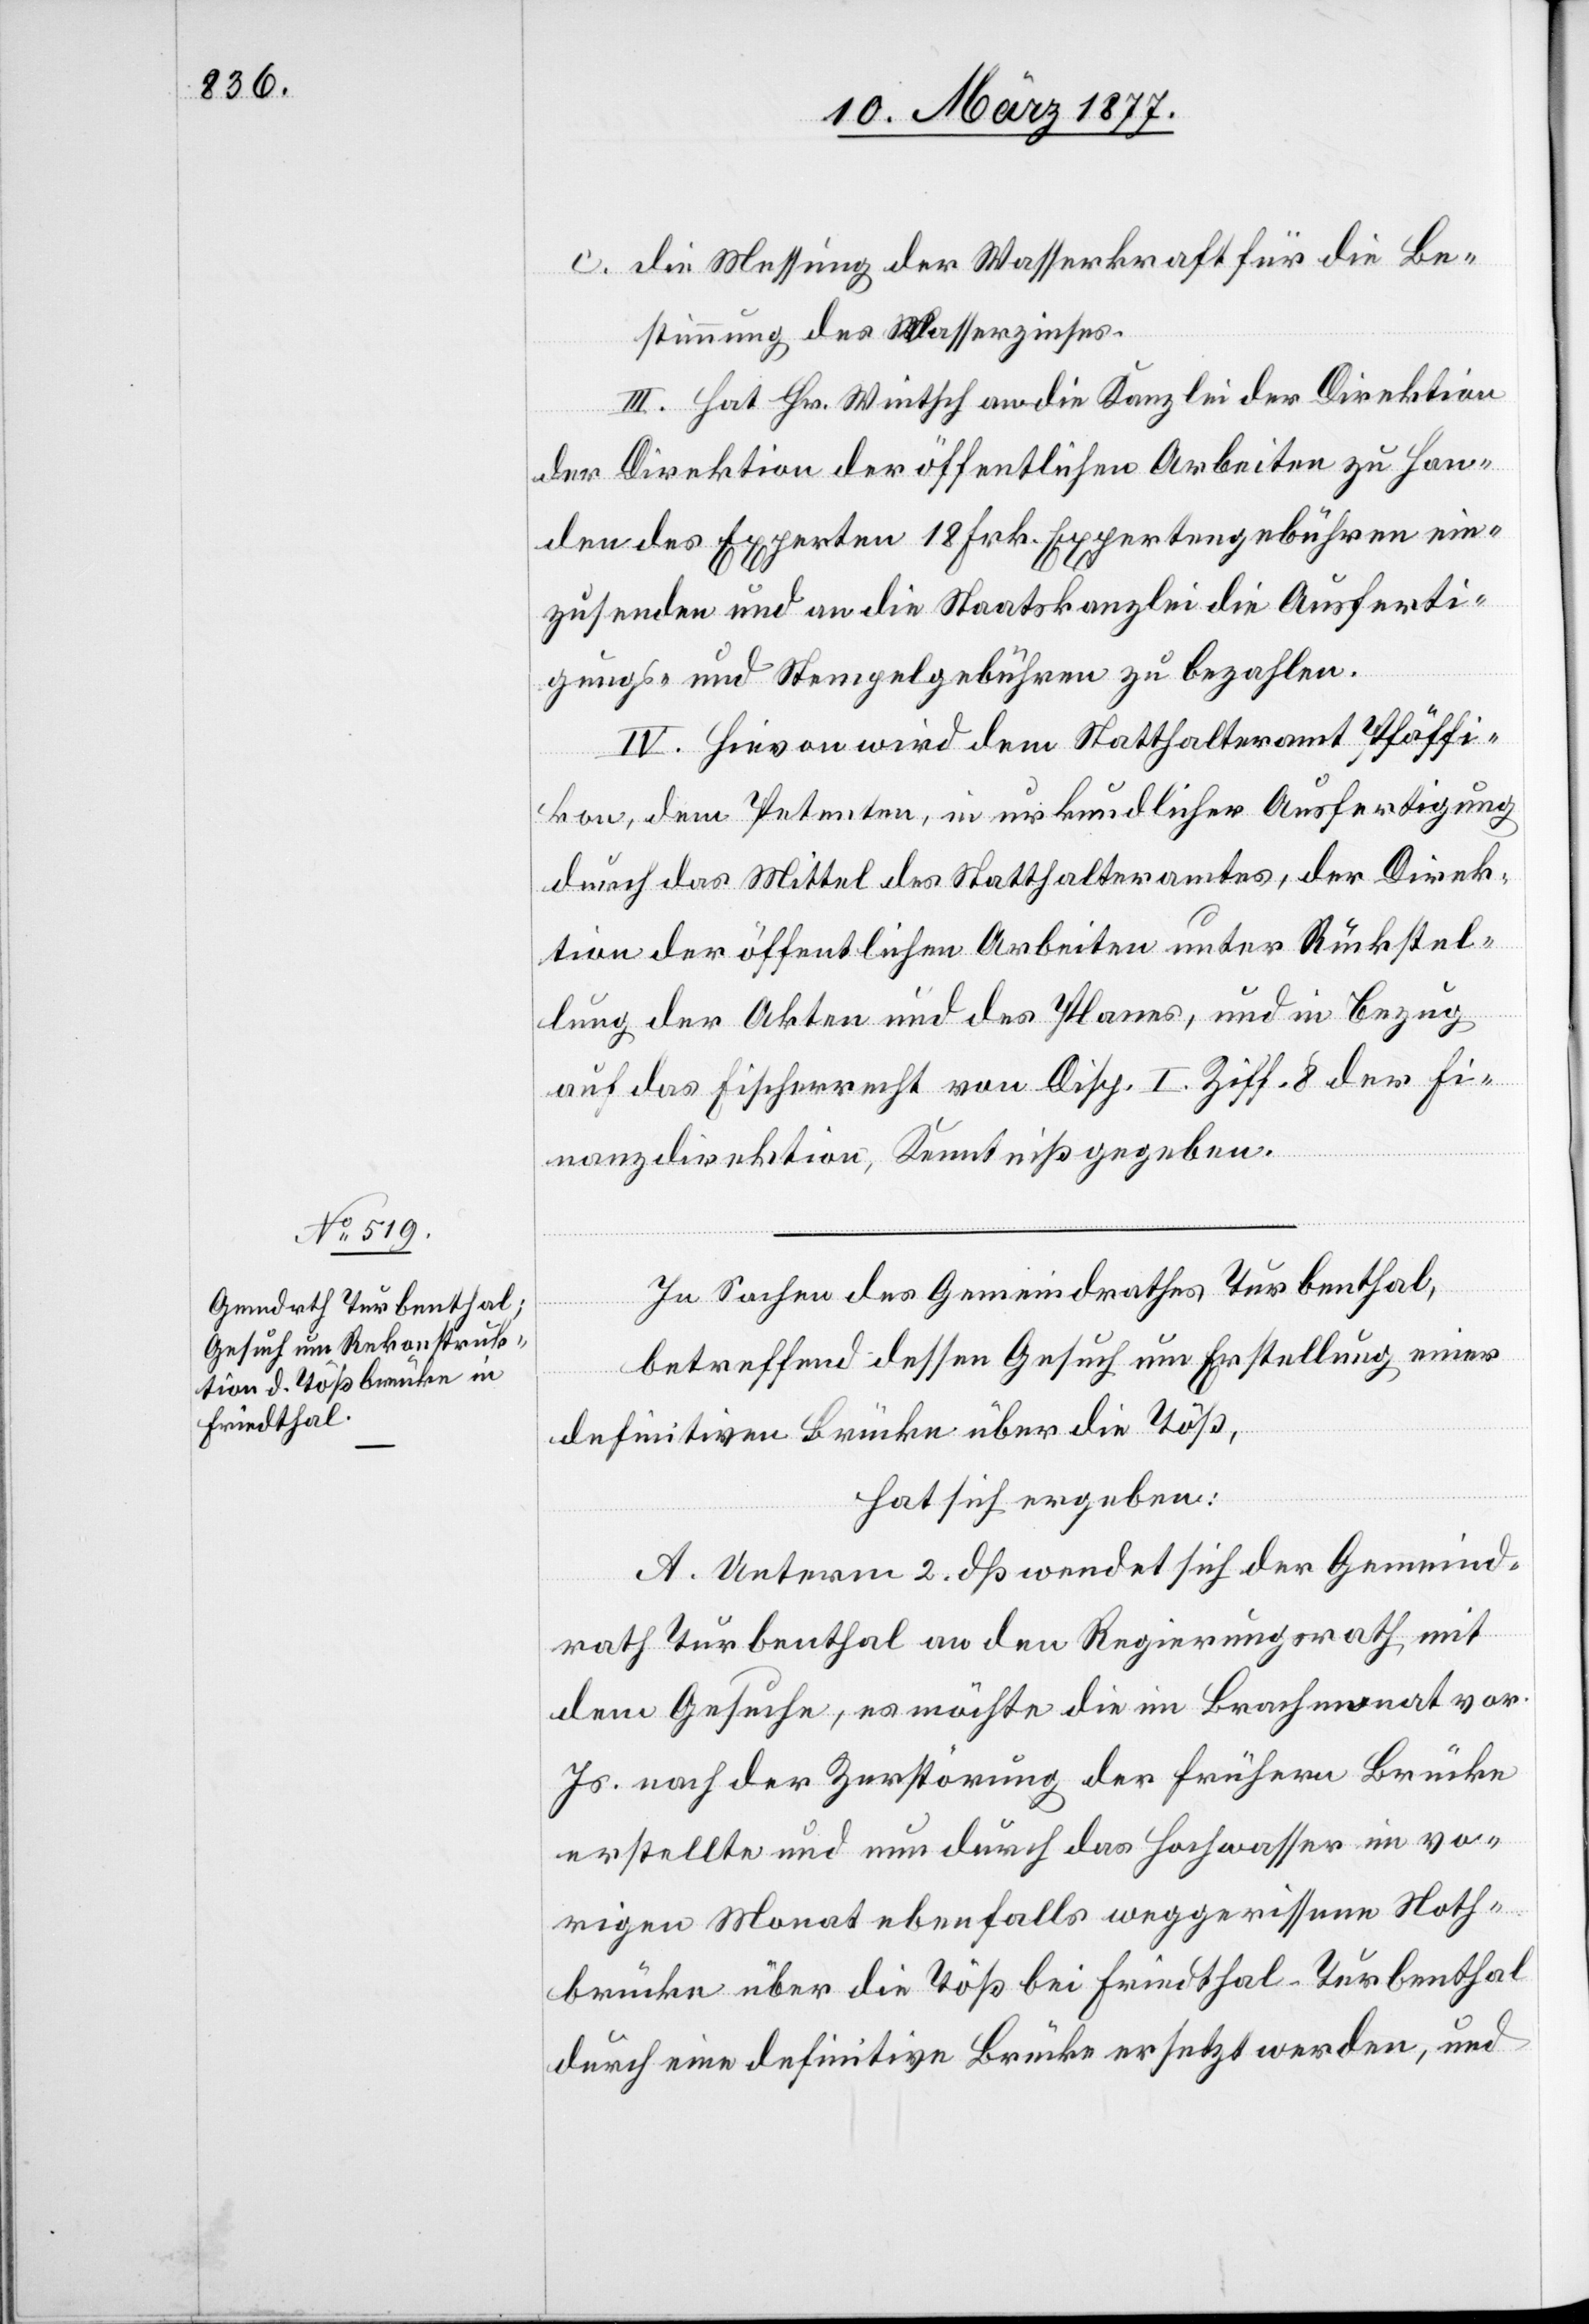
c. die Messung der Wasserkraft für die Be¬
stimmung des Wasserzinses.
III. Hat Hr. Wintsch an die Kanzlei der Direktion
anden des Experten 18 Frk. Expertengebühren ein¬
zusenden und an die Staatskanzlei die Ausferti¬
gungs- und Stempelgebühren zu bezahlen.
IV. Hievon wird dem Statthalteramt Pfäffi¬
kon, dem Petenten, in urkundlicher Ausfertigung
durch das Mittel des Statthalteramtes, der Direk¬
tion der öffentlichen Arbeiten unter Rückstel¬
lung der Akten und des Planes, und in Bezug
auf das Fischerrecht von Disp. I. Ziff. 8 der Fi¬
nanzdirektion Kenntniß gegeben.
In Sachen des Gemeindrathes Turbenthal,
betreffend dessen Gesuch um Erstellung einer
definitiven Brücke über die Töß,
hat sich ergeben:
A. Unterm 2. dß wendet sich der Gemeind¬
H¬
rath Turbenthal an den Regierungsrath mit
dem Gesuche, es möchte die im Brachmonat vor.
Js. nach der Zerstörung der frühern Brücke
erstellte und nun durch das Hochwasser im vo¬
rigen Monat ebenfalls weggerissene Noth¬
brücke über die Töß bei Friedthal - Turbenthal
durch eine definitive Brücke ersetzt werden, und